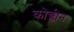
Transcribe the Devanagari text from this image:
कोच्लीन